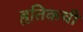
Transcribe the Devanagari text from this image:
हृतिकची